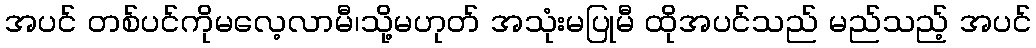
အပင် တစ်ပင်ကိုမလေ့လာမီ၊သို့မဟုတ် အသုံးမပြုမီ ထိုအပင်သည် မည်သည့် အပင်